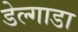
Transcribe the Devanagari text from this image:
डेल्गाडा